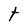
Character: t